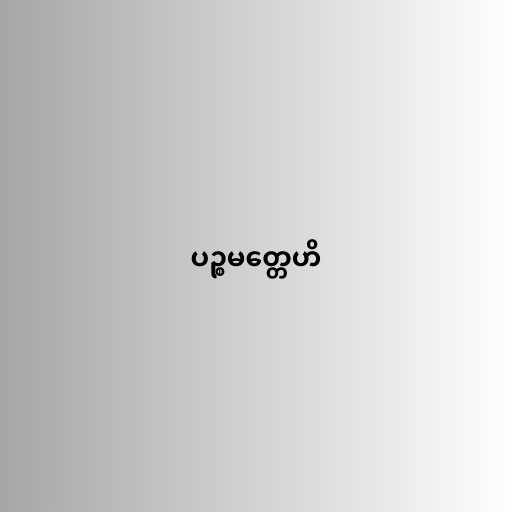
ပဉ္စမတ္တေဟိ